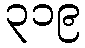
၃၁၉